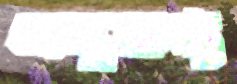
অনুরূপ্য